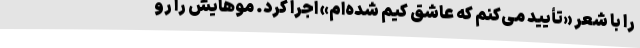
را با شعر «تأیید می‌کنم که عاشق کیم شده‌ام» اجرا کرد. موهایش را رو